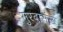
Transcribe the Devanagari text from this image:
मुरदासंख